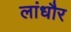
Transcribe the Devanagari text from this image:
लांधौर